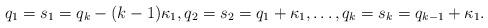
LaTeX: \begin{align*} q_1 = s_1 = q_k - (k-1) \kappa_1 , q_2 = s_2 = q_1 + \kappa_1, \ldots,q_{k} = s_{k} = q_{k-1} + \kappa_1 .\end{align*}